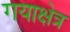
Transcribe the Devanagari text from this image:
गयाक्षेत्र